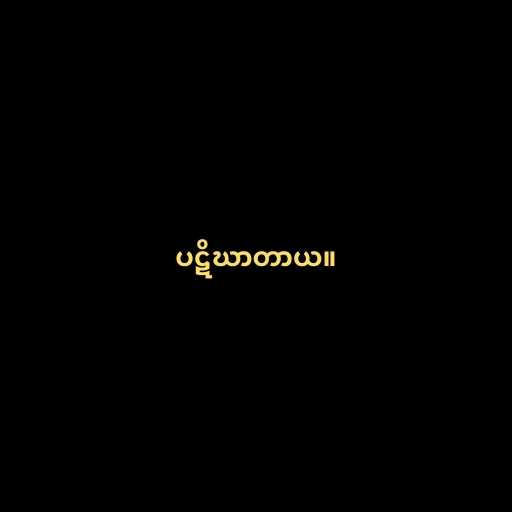
ပဋိဃာတာယ။